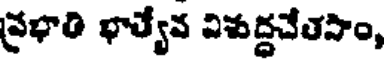
ప్రభాతి భాత్యేవ విశుద్ధచేతసాం,